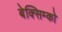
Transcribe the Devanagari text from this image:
बेक्सिम्को